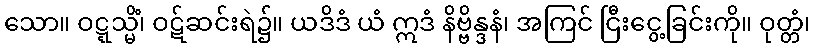
သော။ ဝဋ္ဋသ္မိံ၊ ဝဋ်ဆင်းရဲ၌။ ယဒိဒံ ယံ ဣဒံ နိဗ္ဗိန္ဒနံ၊ အကြင် ငြီးငွေ့ခြင်းကို။ ဝုတ္တံ၊